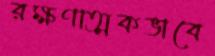
রক্ষণাত্মকভাবে